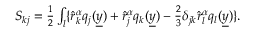
\begin{array} { r } { S _ { k j } = \frac { 1 } { 2 } \int _ { l } \{ \hat { r } _ { k } ^ { \alpha } q _ { j } ( \underline { { y } } ) + \hat { r } _ { j } ^ { \alpha } q _ { k } ( \underline { { y } } ) - \frac { 2 } { 3 } \delta _ { j k } \hat { r } _ { l } ^ { \alpha } q _ { l } ( \underline { { y } } ) \} . } \end{array}